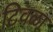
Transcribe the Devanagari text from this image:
टिवळा